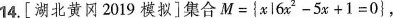
14.[湖北黄冈2019模拟]集合$$M={ x l 6 x^{2} - 5 x +1 = 0 }$$，